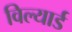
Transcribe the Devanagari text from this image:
विल्यार्ड